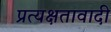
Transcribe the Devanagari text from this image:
प्रत्यक्षतावादी